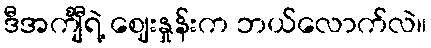
ဒီအင်္ကျီရဲ့ ဈေးနှုန်းက ဘယ်လောက်လဲ။